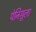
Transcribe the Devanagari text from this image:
पेनिसुला